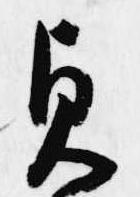
貞